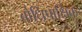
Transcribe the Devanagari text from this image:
बोधिपाक्षिक